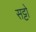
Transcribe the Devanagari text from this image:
सट्टो